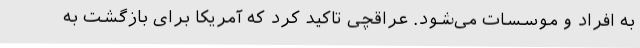
به افراد و موسسات می‌شود. عراقچی تاکید کرد که آمریکا برای بازگشت به